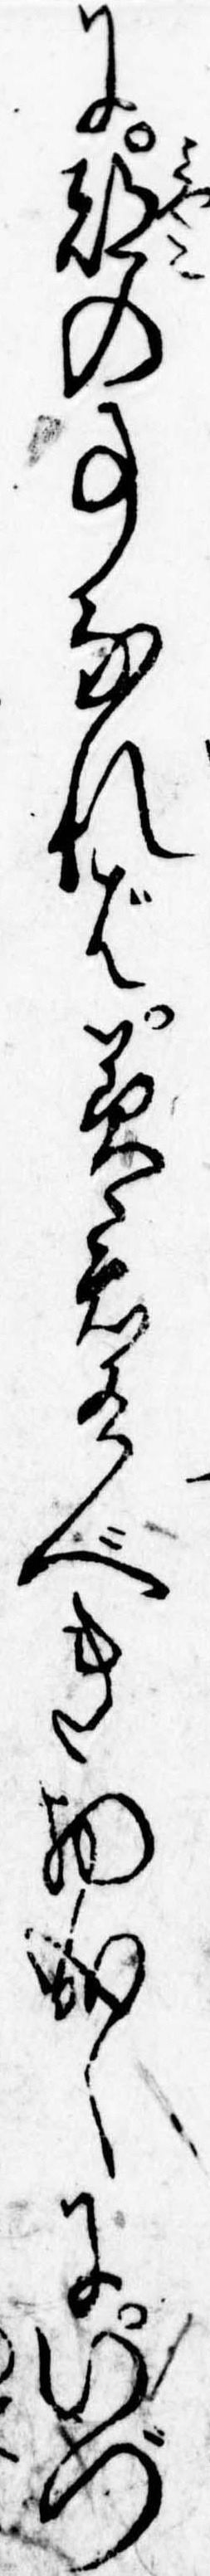
に都の事なれば美君有べき物成しにいづ